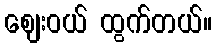
ဈေးဝယ် ထွက်တယ်။